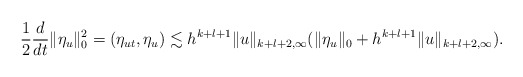
\begin{align*} \frac{1}{2} \frac {d}{dt}\|\eta_u\|^2_0=(\eta_{ut},\eta_u)\lesssim h^{k+l+1}\|u\|_{k+l+2,\infty}(\|\eta_u\|_{0}+h^{k+l+1}\|u\|_{k+l+2,\infty}).\end{align*}